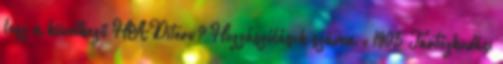
lesz a következő HADiterv? Hozzászólások száma : 1905 Tartózkodási